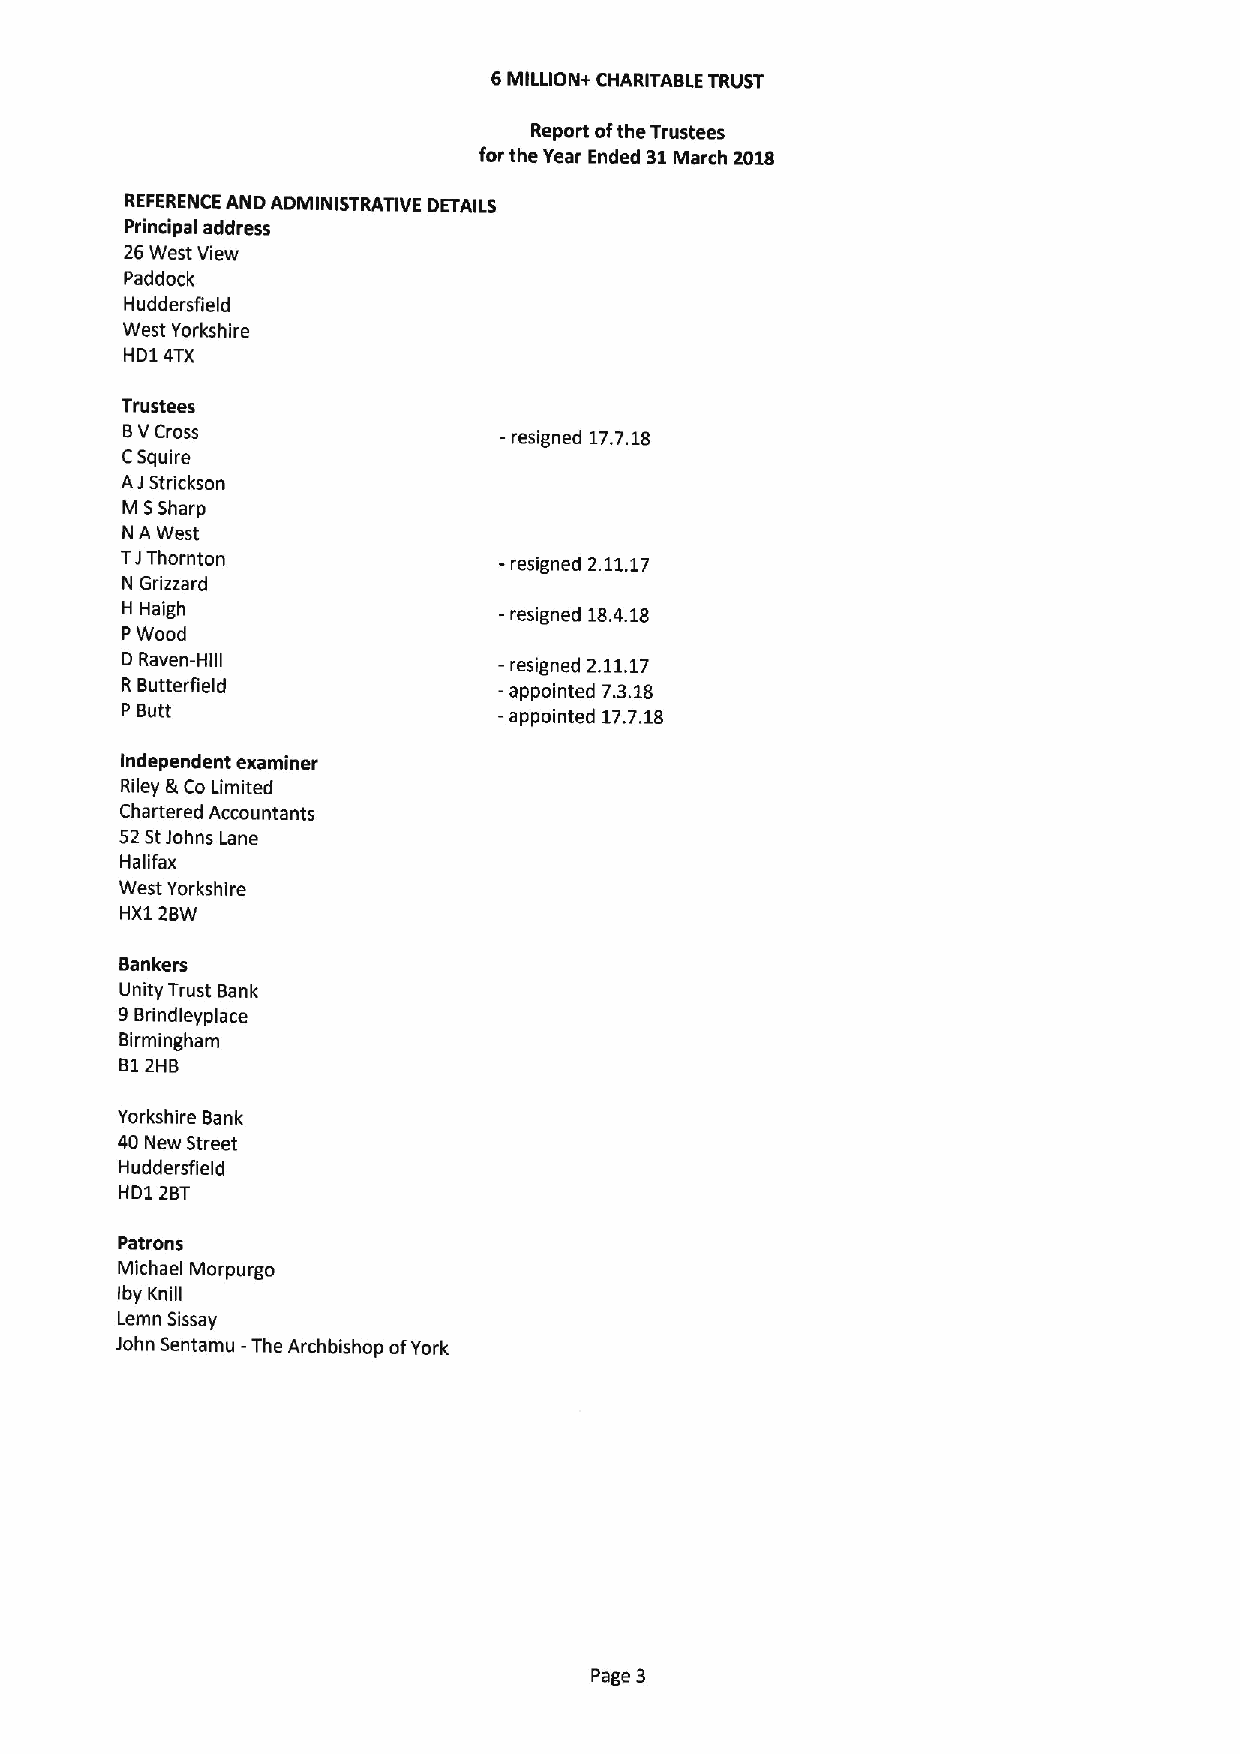
6MILLION+ CHARITABLE TRUST
 Report ofthe Trustees
 for the Year Ended 31March 2018
 REFERENCE AND ADMINISTRATIVE DETAILS
 Principal address
 26West View
 Paddock
 Huddersfield
 West Yorkshire
 HD1 4TX
 Trustees
 8VCross                  —resigned 17.7.18
 CSquire
 AJStrickson
 M SSharp
 NA West
 TJThornton               - resigned 2.11.17
 N Grizzard
 H Haigh                  -resigned 18.4.18
 PWood
 D Raven-Hill             - resigned 2.11.17
 R Butterfield            -appointed 7.3.18
 P Butt                   -appointed 17.7.18
 Independent examiner
 Riley &Co Limited
 Chartered Accountants
 52StJohns Lane
 Halifax
 West Yorkshire
 HX1 2BW
 Bankers
 Unity Trust Bank
 9Brindleyplace
 Birmingham
 812HB
 Yorkshire Bank
 40 New Street
 Huddersfield
 HD1 2BT
 Patrons
 Michael Morpurgo
 Iby Knill
 Lemn Sissay
 John Sentamu -The Archbishop ofYork
 Page 3